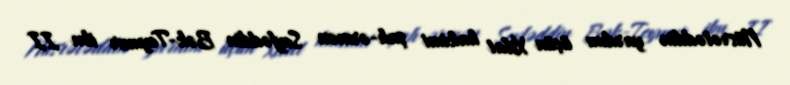
Nüsrətəddin yardım üçün Xilat hakimi şah-ərmən Seyfəddin Bək-Teymur ibn II